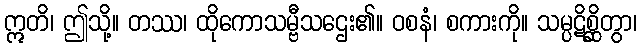
ဣတိ၊ ဤသို့။ တဿ၊ ထိုကောသမ္ဗီသဌေး၏။ ဝစနံ၊ စကားကို။ သမ္ပဋိစ္ဆိတွာ၊